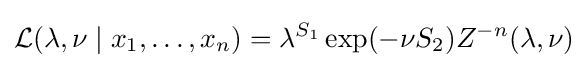
{\mathcal {L}}(\lambda ,\nu \mid x_{1},\dots ,x_{n})=\lambda ^{S_{1}}\exp(-\nu S_{2})Z^{-n}(\lambda ,\nu )